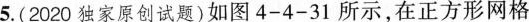
5.(2020独家原创试题)如图4-4-31所示，在正方形网格